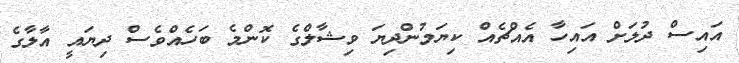
އައިސް ދުލަށް އައިހާ އެއްޗެއް ކިޔަމުންދިޔަ ވިޝާލްގެ ކޮންމެ ބަހެއްވެސް ދިޔައީ އާލާގެ